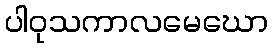
ပါဝုသကာလမေဃော